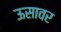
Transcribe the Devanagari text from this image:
ऊसावर